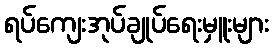
ရပ်ကျေးအုပ်ချုပ်ရေးမှူးများ